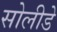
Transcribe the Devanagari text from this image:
सोलीडे